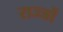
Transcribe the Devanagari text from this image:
राज्जों